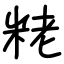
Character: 粩